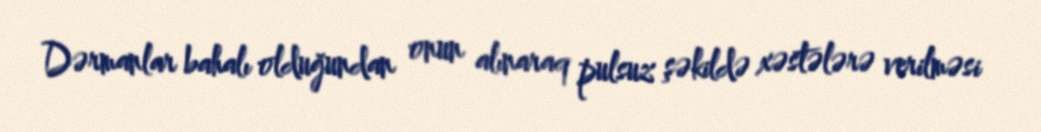
Dərmanlar bahalı olduğundan onun alınaraq pulsuz şəkildə xəstələrə verilməsi